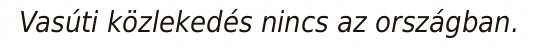
Vasúti közlekedés nincs az országban.